Burma Government Medical School reports 1923-41
Year: 1923
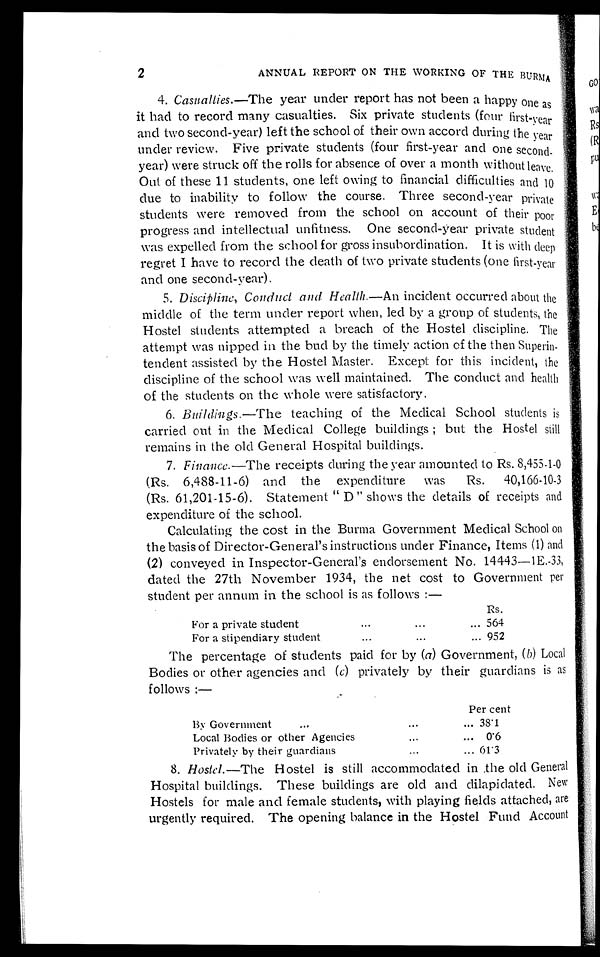
2
ANNUAL REPORT ON THE WORKING OF THE BURMA
4. Casualties.—The year under report has not been a happy one as
it had to record many casualties. Six private students (four first-year
and two second-year) left the school of their own accord during the year
under review. Five private students (four first-year and one second
- y e a r ) w e r e s t r u c k o f f t h e r o l l s f o r a b s e n c e o f o v e r a m o n t h w i t h o u t l e a v e .
Out of these 11 students, one left owing to financial difficulties and 10
due to inability to follow the course. Three second-year private
students were removed from the school on account of their poor
progress and intellectual unfitness. One second-year private student
was expelled from the school for gross insubordination. It is with deep
regret I have to record the death of two private students (one first-year
and one second-year).
5. Discipline, Conduct and Health.— An incident occurred about the
middle of the term under report when, led by a group of students, the
Hostel students attempted a breach of the Hostel discipline. The
attempt was nipped in the bud by the timely action of the then Superin
- t e n d e n t a s s i s t e d b y t h e H o s t e l M a s t e r . E x c e p t f o r t h i s i n c i d e n t , t h e
discipline of the school was well maintained. The conduct and health
of the students on the whole were satisfactory.
6. Buildings.—The teaching of the Medical School students is
carried out in the Medical College buildings; but the Hostel still
remains in the old General Hospital buildings.
7. Finance.—The receipts during the year amounted to Rs.8,455-1-0
(Rs.6,488-11-6) and the expenditure was Rs.40,166-10-3
(Rs.61,201-15-6). Statement "D" shows the details of receipts and
expenditure of the school.
Calculating the cost in the Burma Government Medical School on
the basis of Director-General's instructions under Finance, Items (1) and
(2) conveyed in Inspector-General's endorsement No. 14443—1E.-33,
dated the 27th November 1934, the net cost to Government per
student per annum in the school is as follows:—
Rs.
F o r p r i v a t e s t u d e n t . . .
564
F o r a s t i p e n d i a r y s t u d e n t . . .
952
The percentage of students paid for by (a) Government, (b) Local
Bodies or other agencies and ( c) privately by their guardians is as
follows:—
Per cent
ByGovernment
. . .
38.1
Local Bodies or other Agencies . . . 0.6
Privately by their guardians . . .
61.3
8. Hostel.—The Hostel is still accommodated in the old General
Hospital buildings. These buildings are old and dilapidated. New
Hostels for male and female students, with playing fields attached, are
urgently required. The opening balance in the Hostel Fund Account